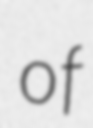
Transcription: of